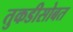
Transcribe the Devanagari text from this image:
तुकडीसोबत